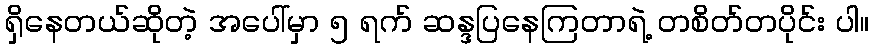
ရှိနေတယ်ဆိုတဲ့ အပေါ်မှာ ၅ ရက် ဆန္ဒပြနေကြတာရဲ့ တစိတ်တပိုင်း ပါ။